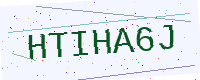
Text: HTIHA6J